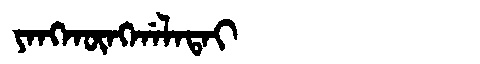
Manchu: ᠶᠠᠩᡴᡡᠩᡤᠠᠯᠠᡨᠠᡳ
Romanization: YANGKŪNGGALATAI